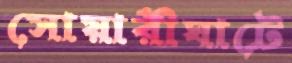
সোয়ারীঘাটে